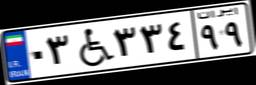
۰۳W۳۳۴۹۹